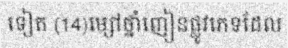
ទៀត (14)ម្សៅថ្នាំញៀនផ្លូវភេទដែល